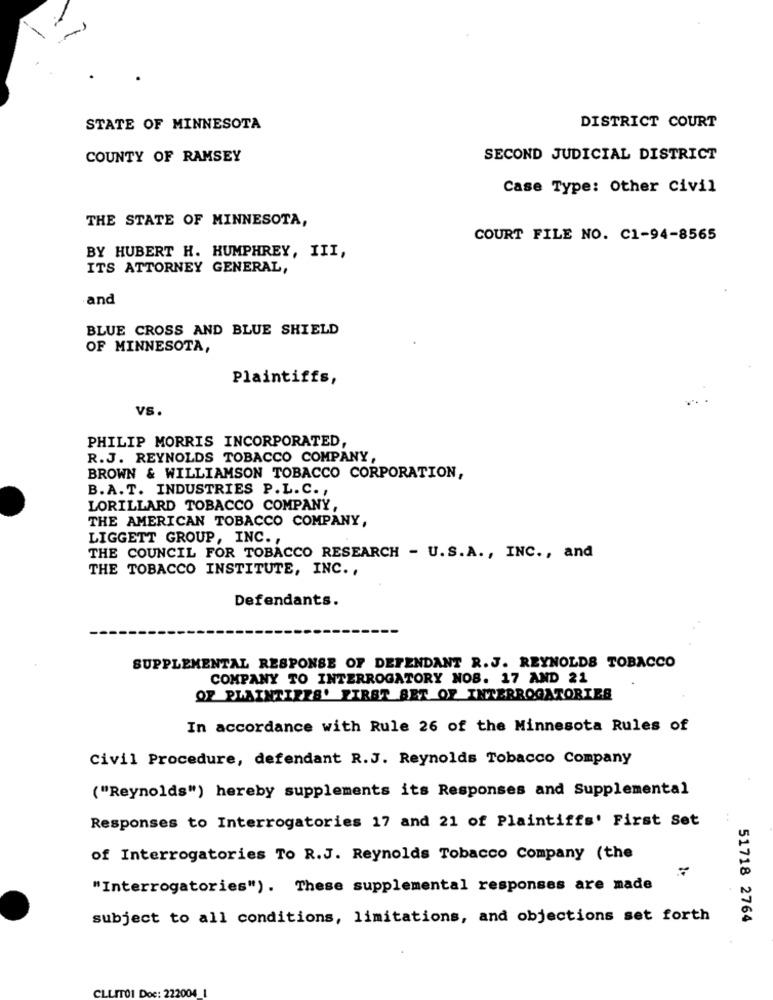
STATE OF MINNESOTA
DISTRICT COURT
COUNTY OF RAMSEY
SECOND JUDICIAL DISTRICT
Case Type: Other Civil
THE STATE OF MINNESOTA,
COURT FILE NO. C1-94-8565
BY HUBERT H. HUMPHREY, III,
ITS ATTORNEY GENERAL,
and
BLUE CROSS AND BLUE SHIELD
OF MINNESOTA,
Plaintiffs,
VS.
PHILIP MORRIS INCORPORATED,
R.J. REYNOLDS TOBACCO COMPANY,
BROWN & WILLIAMSON TOBACCO CORPORATION,
B.A.T. INDUSTRIES P.L.C. ,
LORILLARD TOBACCO COMPANY,
THE AMERICAN TOBACCO COMPANY,
LIGGETT GROUP, INC .,
THE COUNCIL FOR TOBACCO RESEARCH - U.S.A ., INC ., and
THE TOBACCO INSTITUTE, INC .,
Defendants.
SUPPLEMENTAL RESPONSE OF DEFENDANT R.J. REYNOLDS TOBACCO
COMPANY TO INTERROGATORY NOS. 17 AND 21
OF PLAINTIFFS' FIRST SET OF INTERROGATORIES
In accordance with Rule 26 of the Minnesota Rules of
Civil Procedure, defendant R.J. Reynolds Tobacco Company
("Reynolds") hereby supplements its Responses and Supplemental
Responses to Interrogatories 17 and 21 of Plaintiffs' First Set
of Interrogatories To R.J. Reynolds Tobacco Company (the
"Interrogatories"). These supplemental responses are made
subject to all conditions, limitations, and objections set forth
51718 2764
CLLITO1 D